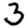
Digit: 3